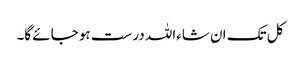
کل تک ان شاءاللہ درست ہو جائے گا۔